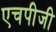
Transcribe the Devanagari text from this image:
एचपीजी